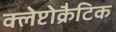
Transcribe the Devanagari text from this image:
क्लेप्टोक्रैटिक